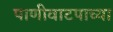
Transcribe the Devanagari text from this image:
पाणीवाटपाच्या